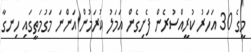
މީގެ 30 އަހަރު ކުރީއްސުރެން ފެށިގެން އަމަލު ކުރަމުން އަންނަ މަގުމަތީގައި ހިނގާ